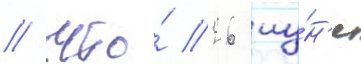
/ что́ 26 иу́н'я